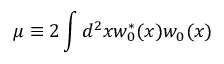
\mu \equiv 2 \int d ^ { 2 } x w _ { 0 } ^ { * } ( x ) w _ { 0 } ( x )